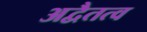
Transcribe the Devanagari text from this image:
अद्वैतत्व